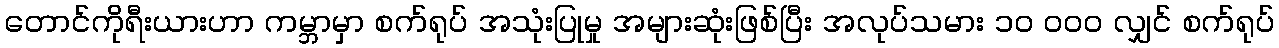
တောင်ကိုရီးယားဟာ ကမ္ဘာမှာ စက်ရုပ် အသုံးပြုမှု အများဆုံးဖြစ်ပြီး အလုပ်သမား ၁၀ ၀၀၀ လျှင် စက်ရုပ်